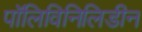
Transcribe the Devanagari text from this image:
पॉलिविनिलिडीन